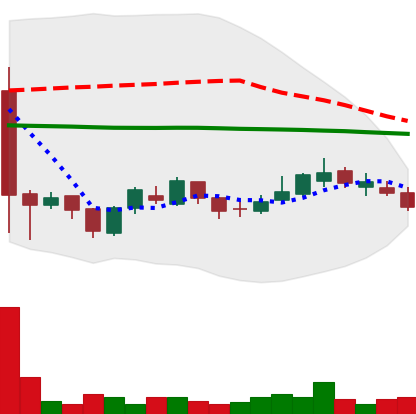
Ticker: LTC-USD
Chart end date: 2017-02-28
Forward return: 3.463%
Label: up_3_5